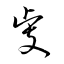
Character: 虔